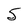
Character: 5